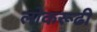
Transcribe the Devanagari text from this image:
लोकरूढी